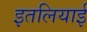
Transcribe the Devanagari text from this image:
इतलियाई